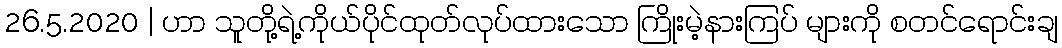
26.5.2020 | ဟာ သူတို့ရဲ့ကိုယ်ပိုင်ထုတ်လုပ်ထားသော ကြိုးမဲ့နားကြပ် များကို စတင်ရောင်းချ